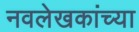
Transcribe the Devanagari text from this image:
नवलेखकांच्या